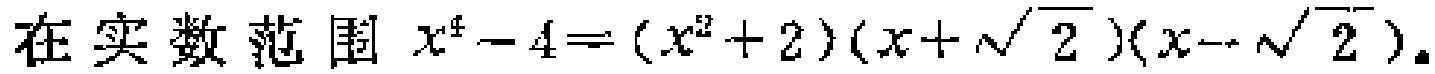
在实数范围 \(x^{4}-4=(x^{2}+2)(x + \sqrt{2})(x - \sqrt{2})\)。